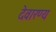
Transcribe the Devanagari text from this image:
देवारण्य